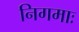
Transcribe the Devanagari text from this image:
निगमाः